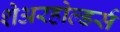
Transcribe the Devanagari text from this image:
शेअरहोल्डर्स